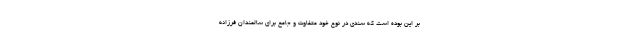
بر اين بوده است كه سندي در نوع خود متفاوت و جامع براي سالمندان فرزانه